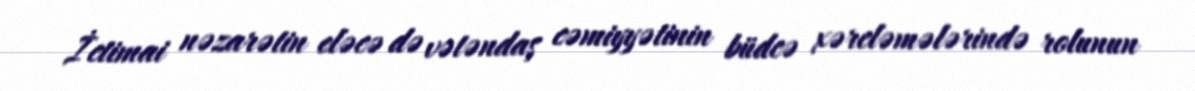
İctimai nəzarətin eləcə də vətəndaş cəmiyyətinin büdcə xərcləmələrində rolunun